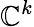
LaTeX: \mathbb{C}^{k}